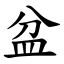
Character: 盆